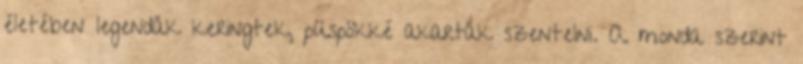
életében legendák keringtek, püspökké akarták szentelni. A monda szerint